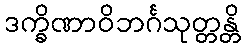
ဒက္ခိဏာဝိဘင်္ဂသုတ္တန္တိ